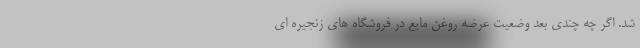
شد. اگر چه چندی بعد وضعیت عرضه روغن مایع در فروشگاه های زنجیره ای